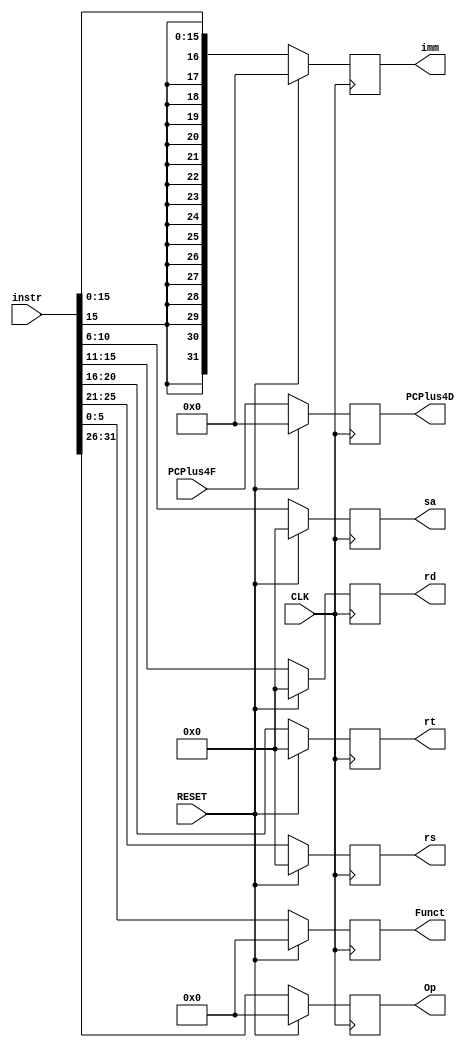
`timescale 100fs/100fs

module IF_ID(instr,PCPlus4F,PCPlus4D,Op,Funct,rs,rt,rd,sa,imm,CLK,RESET);

input [31:0] instr;
input [31:0] PCPlus4F;
input CLK,RESET;
output reg[5:0] Op, Funct;
output reg[4:0] rs,rt,rd,sa;
output reg signed[31:0] imm;
output reg[31:0] PCPlus4D;

initial begin
  PCPlus4D <= 0;
  rs <= 0;
  rt <= 0;
  rd <= 0;
  sa <= 0;
  imm <= 0;
  Op <= 0;
  Funct <= 0;
end

always @(posedge CLK) begin
if (RESET == 1) begin
  PCPlus4D <= 0;
  rs <= 0;
  rt <= 0;
  rd <= 0;
  sa <= 0;
  imm <= 0;
  Op <= 0;
  Funct <= 0;
end
else begin
  PCPlus4D <= PCPlus4F;
  Op <= instr[31:26];
  Funct <= instr[5:0];
  rs <= instr[25:21];
  rt <= instr[20:16];
  rd <= instr[15:11];
  sa <= instr[10:6];
  imm <= $signed({{16{instr[15]}},instr[15:0]});
end
end
endmodule